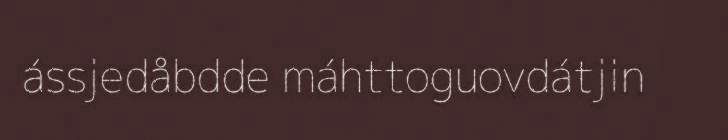
ássjedåbdde máhttoguovdátjin